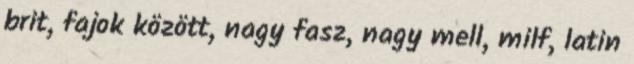
brit, fajok között, nagy fasz, nagy mell, milf, latin